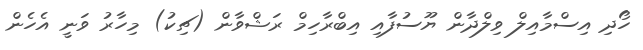
ހޯދި އިސްމާއިލް ވިލްދާން ޔޫސުފާއި އިބްރާހިމް ރަޝްވާން (ޗިކު) މިހާރު ވަނީ އެހެން